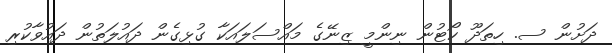
ދަށުން ސ. ހިތަދޫ ކޯޓުން ނިންމީ ޒިނޭގެ މައްސަލައަކާ ގުޅިގެން ދައުލަތުން ދައުވާކުރި